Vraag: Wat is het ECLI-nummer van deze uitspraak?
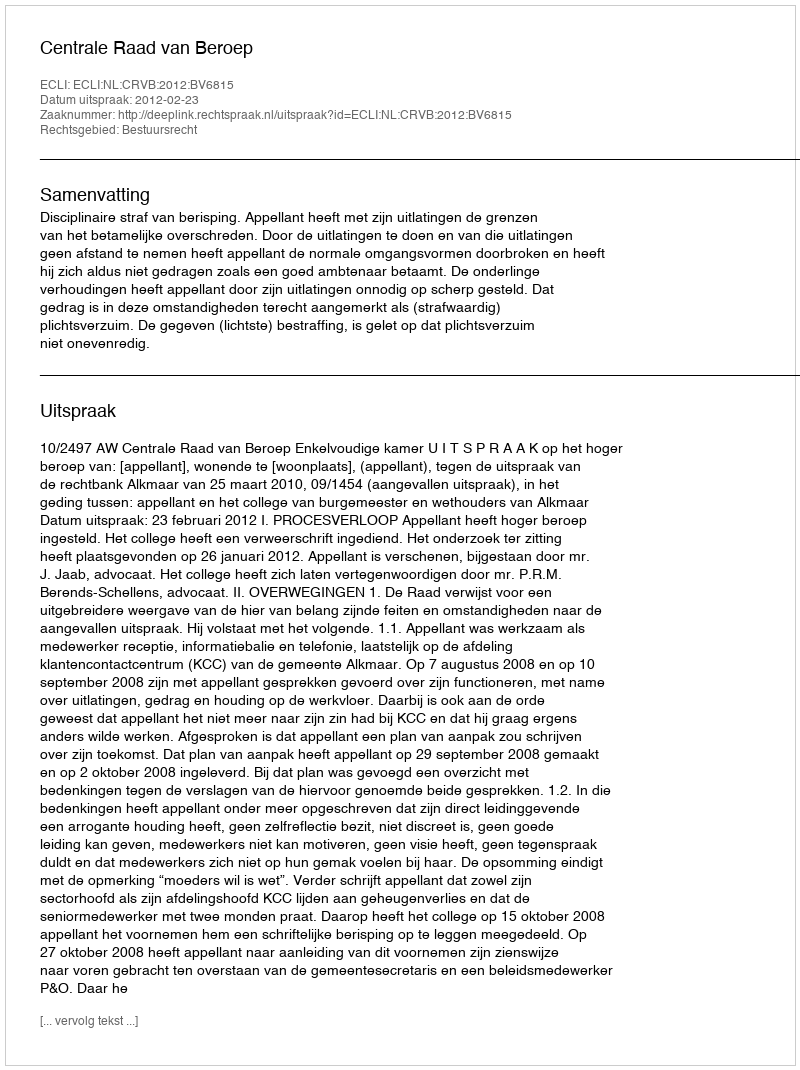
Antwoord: ECLI:NL:CRVB:2012:BV6815